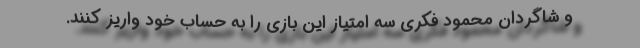
و شاگردان محمود فکری سه امتیاز این بازی را به حساب خود واریز کنند.